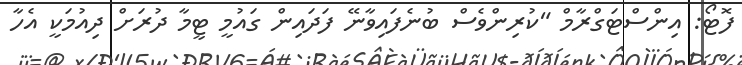
ފޮޓޯ: އިންސްޓަގްރާމް "ކުރިންވެސް ބުނެފައިވާނޭ ފަދައިން ގައުމީ ޓީމާ ދުރަށް ދިއުމަކީ އެހާ